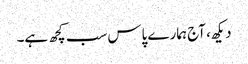
دیکھ، آج ہمارے پاس سب کچھ ہے۔